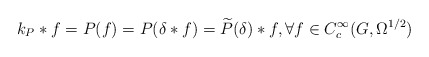
\begin{align*} k_P * f = P(f) = P(\delta *f) = \widetilde{P}(\delta) *f ,\forall f\in C^\infty_c(G,\Omega^{1/2})\end{align*}